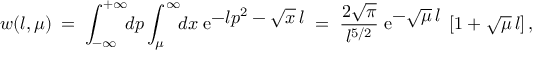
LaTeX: w ( l , \mu ) \: = \; \int _ { - \infty } ^ { + \infty } \! \! d p \int _ { \mu } ^ { \infty } \! \! d x \; \mathrm { e } ^ { \textstyle - l p ^ { 2 } - \sqrt { x } \, l } \; = \; \frac { 2 \sqrt { \pi } } { l ^ { 5 / 2 } } \; \mathrm { e } ^ { \textstyle - \sqrt { \mu } \, l } \; \left[ 1 + \sqrt { \mu } \, l \right] ,